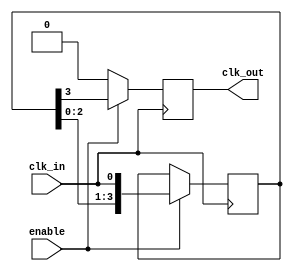
module delay_clock_buffer #(
    parameter DELAY_STAGES = 4  // Number of delay stages (flip-flops)
)(
    input wire clk_in,           // Input clock signal
    input wire enable,           // Enable signal
    output reg clk_out           // Output delayed clock signal
);

    // Internal signals for the delay line
    reg [DELAY_STAGES-1:0] delay_line;

    always @(posedge clk_in) begin
        if (enable) begin
            // Shift the clock signal through the delay line
            delay_line <= {delay_line[DELAY_STAGES-2:0], clk_in};
        end
    end

    // Output the last stage of the delay line
    always @(posedge clk_in) begin
        if (enable) begin
            clk_out <= delay_line[DELAY_STAGES-1];
        end else begin
            clk_out <= 1'b0; // Hold low when not enabled
        end
    end

endmodule